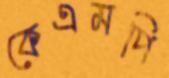
কেএমপি